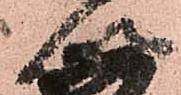
以